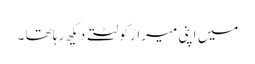
میں اپنی میراڑ کو لٹتے دیکھ رہا تھا ۔